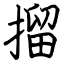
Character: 㨨